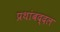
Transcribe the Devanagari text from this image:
प्रथांबद्दल